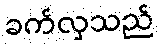
ခက်လှသည်